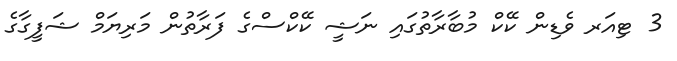
3 ޓިއަރ ވެޑިން ކޭކް މުބާރާތުގައި ނަޝީ ކޭކްސްގެ ފަރާތުން މަރިޔަމް ޝަފީގާގެ